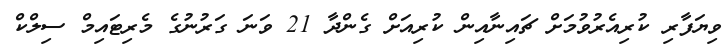
ވިޔަފާރި ކުރިއެރުވުމަށް ޗައިނާއިން ކުރިއަށް ގެންދާ 21 ވަނަ ގަރުނުގެ މެރިޓައިމް ސިލްކް